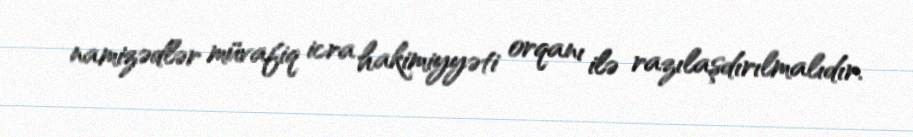
namizədlər müvafiq icra hakimiyyəti orqanı ilə razılaşdırılmalıdır.